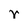
Character: r